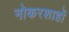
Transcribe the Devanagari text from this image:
नोकरशाहों